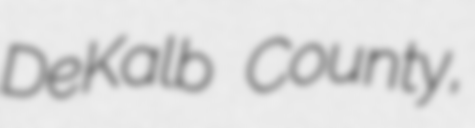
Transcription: DeKalb County,